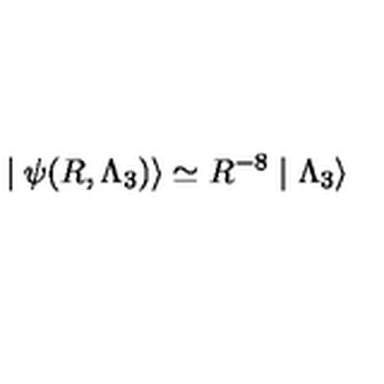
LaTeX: \mid \psi ( R , \Lambda _ { 3 } ) \rangle \simeq R ^ { - 8 } \mid \Lambda _ { 3 } \rangle